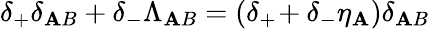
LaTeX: \delta_{+}\delta_{\mathbf{A}B}+\delta_{-}\Lambda_{\mathbf{A}B}=(\delta_{+}\! +\delta_{-}\eta_{\mathbf{A}})\delta_{\mathbf{A}B}